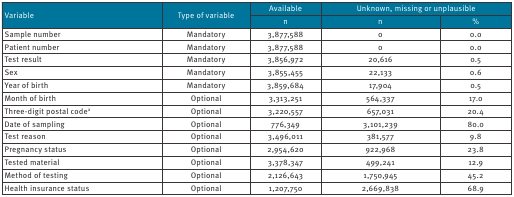
<table><thead><tr><td rowspan="2"><b>Variable</b></td><td rowspan="2"><b>Type of variable</b></td><td><b>Available</b></td><td colspan="2"><b>Unknown, missing or unplausible</b></td></tr><tr><td><b>n</b></td><td><b>n</b></td><td><b>%</b></td></tr></thead><tbody><tr><td>Sample number</td><td>Mandatory</td><td>3,877,588</td><td>0</td><td>0.0</td></tr><tr><td>Patient number</td><td>Mandatory </td><td>3,877,588</td><td>0</td><td>0.0</td></tr><tr><td>Test result</td><td>Mandatory </td><td>3,856,972</td><td>20,616</td><td>0.5</td></tr><tr><td>Sex</td><td>Mandatory </td><td>3,855,455</td><td>22,133</td><td>0.6</td></tr><tr><td>Year of birth</td><td>Mandatory </td><td>3,859,684</td><td>17,904</td><td>0.5</td></tr><tr><td>Month of birth</td><td>Optional </td><td>3,313,251</td><td>564,337</td><td>17.0</td></tr><tr><td>Three-digit postal code<sup>a</sup></td><td>Optional </td><td>3,220,557</td><td>657,031</td><td>20.4</td></tr><tr><td>Date of sampling</td><td>Optional </td><td>776,349</td><td>3,101,239</td><td>80.0</td></tr><tr><td>Test reason</td><td>Optional </td><td>3,496,011</td><td>381,577</td><td>9.8</td></tr><tr><td>Pregnancy status</td><td>Optional </td><td>2,954,620</td><td>922,968</td><td>23.8</td></tr><tr><td>Tested material</td><td>Optional </td><td>3,378,347</td><td>499,241</td><td>12.9</td></tr><tr><td>Method of testing</td><td>Optional </td><td>2,126,643</td><td>1,750,945</td><td>45.2</td></tr><tr><td>Health insurance status</td><td>Optional </td><td>1,207,750</td><td>2,669,838</td><td>68.9</td></tr></tbody></table>